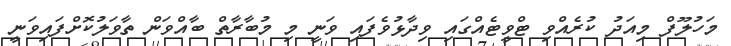
މަހުލޫފް މިއަދު ކުރެއްވި ޓްވީޓެއްގައި ވިދާޅުވެފައި ވަނީ މި މުބާރާތް ބާއްވަން ތާވަލުކޮށްފައިވަނީ